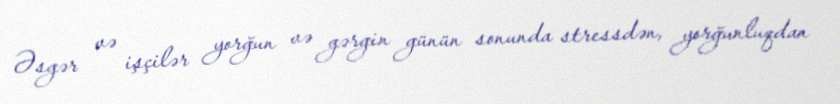
Əsgər və işçilər yorğun və gərgin günün sonunda stressdən, yorğunluqdan